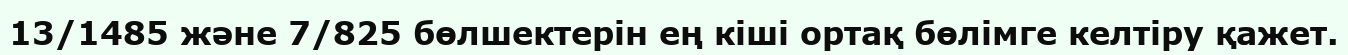
13/1485 және 7/825 бөлшектерін ең кіші ортақ бөлімге келтіру қажет.